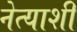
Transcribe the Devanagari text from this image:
नेत्याशी